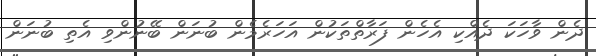
ދެން ވާހަކަ ދެއްކި އެހެން ފަރާތްތަކުން އަހަރެމެން ބުނަން ބޭނުންވި އެތި ބުނަން